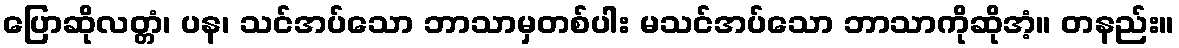
ပြောဆိုလတ္တံ၊ ပန၊ သင်အပ်သော ဘာသာမှတစ်ပါး မသင်အပ်သော ဘာသာကိုဆိုအံ့။ တနည်း။